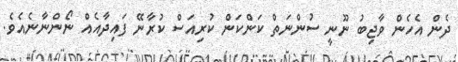
ދެން އެހެން ވާޖިބު ނޫނީ ސުންނަތް ކަންކަން ކުރިއަސް ކުރާނޭ ފައިދާއެއް ނޯންނާނެއެވެ.